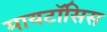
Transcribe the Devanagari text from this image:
मायटॉसिस